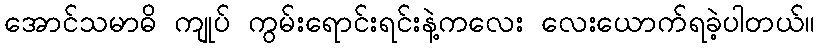
အောင်သမာဓိ ကျုပ် ကွမ်းရောင်းရင်းနဲ့ကလေး လေးယောက်ရခဲ့ပါတယ်။